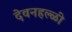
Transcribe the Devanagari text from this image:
देवनहल्ळी